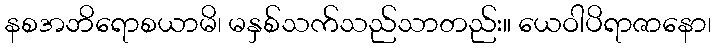
နစအဘိရောစယာမိ၊ မနှစ်သက်သည်သာတည်း။ ယေဝါပိရာဇာနော၊